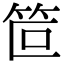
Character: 笸